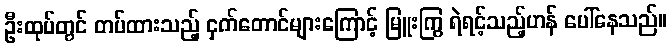
ဦးထုပ်တွင် တပ်ထားသည့် ငှက်တောင်များကြောင့် မြူးကြွ ရဲရင့်သည့်ဟန် ပေါ်နေသည်။